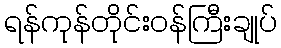
ရန်ကုန်တိုင်းဝန်ကြီးချုပ်